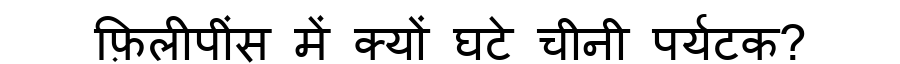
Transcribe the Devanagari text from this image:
फ़िलीपींस में क्यों घटे चीनी पर्यटक?